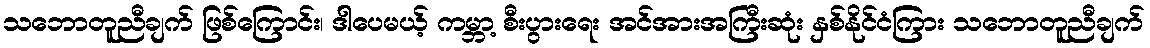
သဘောတူညီချက် ဖြစ်ကြောင်း၊ ဒါပေမယ့် ကမ္ဘာ့ စီးပွားရေး အင်အားအကြီးဆုံး နှစ်နိုင်ငံကြား သဘောတူညီချက်